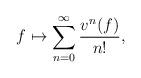
LaTeX: \begin{align*}f\mapsto \sum_{n=0}^{\infty} {v^n(f)\over n!},\end{align*}